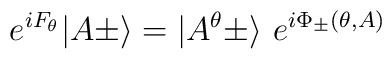
e^{iF_\theta}\vert A\pm\rangle =\vert A^\theta\pm\rangle\ e^{i\Phi_\pm (\theta,A)}